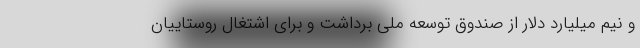
و نیم میلیارد دلار از صندوق توسعه ملی برداشت و برای اشتغال روستاییان